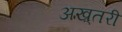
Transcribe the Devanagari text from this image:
अख़्तरी